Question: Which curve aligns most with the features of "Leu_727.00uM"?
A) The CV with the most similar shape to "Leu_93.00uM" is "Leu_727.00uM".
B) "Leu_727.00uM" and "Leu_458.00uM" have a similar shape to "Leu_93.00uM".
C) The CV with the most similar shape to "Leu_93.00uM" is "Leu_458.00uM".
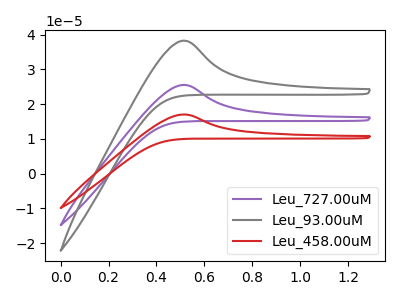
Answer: <think>The purple curve "Leu_727.00uM" has an anodic peak at: (0.50V, 25.50uA). The gray curve "Leu_93.00uM" has an anodic peak at: (0.50V, 38.25uA). The red curve "Leu_458.00uM" has an anodic peak at: (0.50V, 51.00uA).
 All the peaks in "Leu_727.00uM" have a peak in "Leu_93.00uM" at the same potential. Every peak in "Leu_727.00uM" is lower than every peak in "Leu_93.00uM". All the peaks in "Leu_727.00uM" have a peak in "Leu_458.00uM" at the same potential. Every peak in "Leu_727.00uM" is lower than every peak in "Leu_458.00uM". All the peaks in "Leu_93.00uM" have a peak in "Leu_458.00uM" at the same potential. Every peak in "Leu_93.00uM" is lower than every peak in "Leu_458.00uM".</think>
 <answer>B) "Leu_727.00uM" and "Leu_458.00uM" have a similar shape to "Leu_93.00uM".</answer>
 <eval>B</eval>